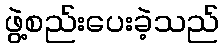
ဖွဲ့စည်းပေးခဲ့သည်